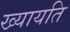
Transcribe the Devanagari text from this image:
ख्यायति